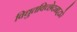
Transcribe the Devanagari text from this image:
विद्युतविच्छेदनाद्वारे